system: You are a helpful assistant.
user:
Analyze the provided spectrum to determine if it is a **Carbon Star (C-type)**.

- **Key Visual Indicators of Carbon Star:**
    - **(Primary):** Strong molecular absorption from **C₂ (diatomic carbon) "Swan Bands."** This is the **defining feature** of a carbon star.
        - **(Key Bandheads):** Sharp absorption edges are visible at approximately $5635$ Å, $5165$ Å (the strongest band), and $4737$ Å.
        - **(Line Profile):** Creates a distinct **"saw-tooth"** pattern. The key morphology is a sharp, steep bandhead on the **red (long-wavelength) side**, which then gradually tapers off (i.e., flux recovers) towards the **blue (short-wavelength) side**. *(This is the direct opposite of the TiO bands seen in M-type stars)*.

    - **(Secondary):** Intense **CN (cyanogen)** molecular absorption bands.
        - **(Key Bandheads):** Located in the blue and violet regions of the spectrum (e.g., near $4215$ Å and $3883$ Å).
        - **(Morphology):** These bands are extremely broad and act as a "blanket," absorbing the vast majority of blue and violet light. This creates a characteristic **"cliff"** or **"steep drop-off"** in the spectrum's flux at short wavelengths.

    - **(Key Confirmation):** Strong **CH absorption band (G-band)**.
        - **(Key Bandhead):** Located around $4300$ Å. The contribution from CH molecules to this band is exceptionally strong.

    - **(Overall Spectrum):**
        - The continuum is severely "chopped up" by these deep molecular bands, especially C₂, rather than appearing as a smooth curve.
        - Due to the heavy CN and C₂ absorption in the blue-green, the vast majority of the star's flux is concentrated in the red part of the spectrum, giving the star its characteristic deep red color.

Think first, call **spectral_visualization_tool** if needed to examine features in detail, then provide your final answer. Your response must adhere to the following strict rules:
1.  **Overall Structure:** Your response must follow the format `<think>...</think> <tool_call>...</tool_call> (if a tool is used) <answer>...</answer>`.
2.  **Tool Usage Constraint:** You may only make **one** tool call per turn.
3.  **Final Answer Format:** In the `<answer>` tag, your conclusion must be inside a `\boxed{}` command (e.g., `\boxed{YES}`), followed by your justification.

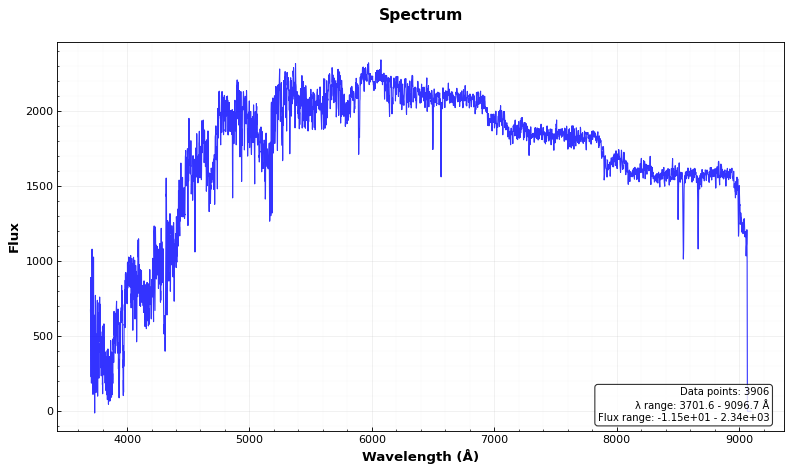
Answer: YES